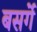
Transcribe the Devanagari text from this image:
बसर्गे